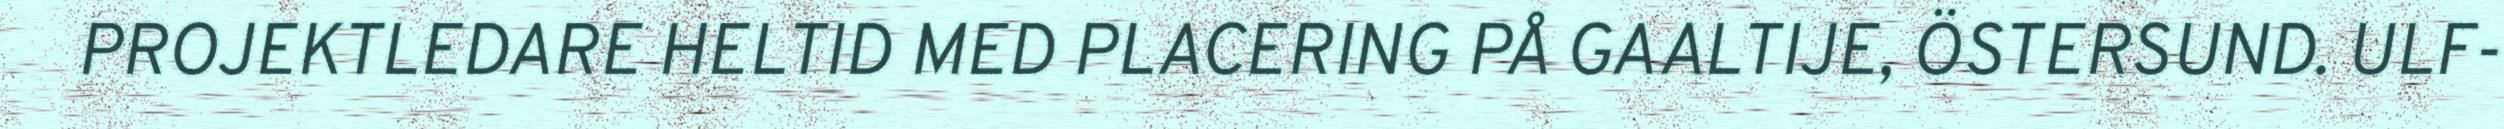
PROJEKTLEDARE HELTID MED PLACERING PÅ GAALTIJE, ÖSTERSUND. ULF-